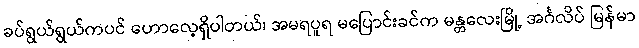
ခပ်ရွယ်ရွယ်ကပင် ဟောလေ့ရှိပါတယ်၊ အမရပူရ မပြောင်းခင်က မန္တလေးမြို့ အင်္ဂလိပ် မြန်မာ